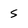
Character: 5